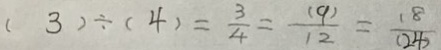
( 3 ) \div ( 4 ) = \frac { 3 } { 4 } = \frac { ( 9 ) } { 1 2 } = \frac { 1 8 } { ( 2 4 ) }